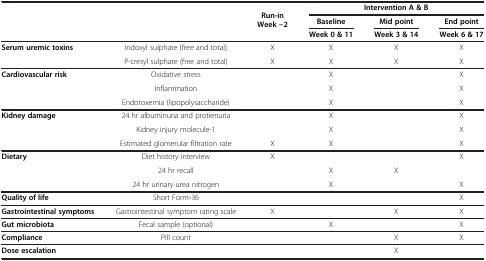
<table><thead><tr><td rowspan="2" colspan="2"><b> </b></td><td rowspan="2"><b>Run-in Week −2</b></td><td colspan="3"><b>Intervention A &amp; B</b></td></tr><tr><td><b>Baseline</b></td><td><b>Mid point</b></td><td><b>End point</b></td></tr><tr><td colspan="3"><b> </b></td><td><b>Week 0 &amp; 11</b></td><td><b>Week 3 &amp; 14</b></td><td><b>Week 6 &amp; 17</b></td></tr></thead><tbody><tr><td rowspan="2"><b>Serum uremic toxins</b></td><td>Indoxyl sulphate (free and total)</td><td>X</td><td>X</td><td>X</td><td>X</td></tr><tr><td>P-cresyl sulphate (free and total)</td><td>X</td><td>X</td><td>X</td><td>X</td></tr><tr><td rowspan="2"><b>Cardiovascular risk</b></td><td>Oxidative stress</td><td> </td><td>X</td><td> </td><td>X</td></tr><tr><td>Inflammation</td><td> </td><td>X</td><td> </td><td>X</td></tr><tr><td> </td><td>Endotoxemia (lipopolysaccharide)</td><td> </td><td>X</td><td> </td><td>X</td></tr><tr><td rowspan="2"><b>Kidney damage</b></td><td>24 hr albuminuria and protienuria</td><td> </td><td>X</td><td> </td><td>X</td></tr><tr><td>Kidney injury molecule-1</td><td> </td><td>X</td><td> </td><td>X</td></tr><tr><td> </td><td>Estimated glomerular filtration rate</td><td>X</td><td>X</td><td> </td><td>X</td></tr><tr><td rowspan="2"><b>Dietary</b></td><td>Diet history interview</td><td>X</td><td> </td><td> </td><td>X</td></tr><tr><td>24 hr recall</td><td> </td><td>X</td><td>X</td><td> </td></tr><tr><td> </td><td>24 hr urinary urea nitrogen</td><td> </td><td>X</td><td> </td><td>X</td></tr><tr><td><b>Quality of life</b></td><td>Short Form-36</td><td> </td><td> </td><td> </td><td>X</td></tr><tr><td><b>Gastrointestinal symptoms</b></td><td>Gastrointestinal symptom rating scale</td><td>X</td><td> </td><td>X</td><td>X</td></tr><tr><td><b>Gut microbiota</b></td><td>Fecal sample (optional)</td><td> </td><td>X</td><td> </td><td>X</td></tr><tr><td><b>Compliance</b></td><td>Pill count</td><td> </td><td> </td><td>X</td><td>X</td></tr><tr><td colspan="2"><b>Dose escalation</b></td><td> </td><td> </td><td>X</td><td> </td></tr></tbody></table>